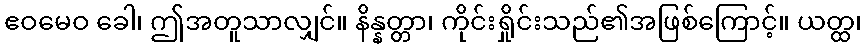
ဧဝမေဝ ခေါ၊ ဤအတူသာလျှင်။ နိန္နတ္တာ၊ ကိုင်းရှိုင်းသည်၏အဖြစ်ကြောင့်။ ယတ္ထ၊